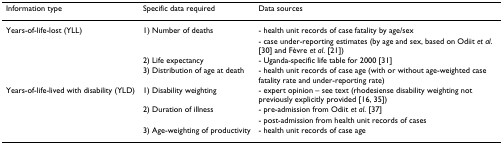
<table><thead><tr><td><b>Information type</b></td><td><b>Specific data required</b></td><td><b>Data sources</b></td></tr></thead><tbody><tr><td>Years-of-life-lost (YLL)</td><td>1) Number of deaths</td><td>- health unit records of case fatality by age/sex</td></tr><tr><td></td><td></td><td>- case under-reporting estimates (by age and sex, based on Odiit <i>et al</i>. [30] and Fèvre <i>et al</i>. [21])</td></tr><tr><td></td><td>2) Life expectancy</td><td>- Uganda-specific life table for 2000 [31]</td></tr><tr><td></td><td>3) Distribution of age at death</td><td>- health unit records of case age (with or without age-weighted case fatality rate and under-reporting rate)</td></tr><tr><td>Years-of-life-lived with disability (YLD)</td><td>1) Disability weighting</td><td>- expert opinion – see text (rhodesiense disability weighting not previously explicitly provided [16, 35])</td></tr><tr><td></td><td>2) Duration of illness</td><td>- pre-admission from Odiit <i>et al</i>. [37]</td></tr><tr><td></td><td></td><td>- post-admission from health unit records of cases</td></tr><tr><td></td><td>3) Age-weighting of productivity</td><td>- health unit records of case age</td></tr></tbody></table>